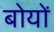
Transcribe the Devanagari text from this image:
बोयों